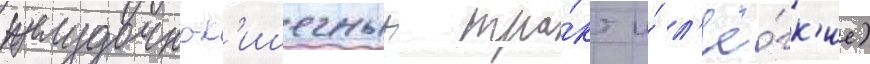
желудочно-к'ишечныи тра́кт и́ л'ё́гк'ие)